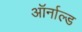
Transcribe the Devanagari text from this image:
ऑर्नाल्ड